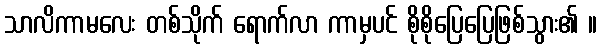
သာလိကာမလေး တစ်သိုက် ရောက်လာ ကာမှပင် စိုစိုပြေပြေဖြစ်သွား၏ ။